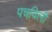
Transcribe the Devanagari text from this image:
पचविली